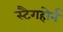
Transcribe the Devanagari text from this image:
स्टैगहोर्न